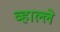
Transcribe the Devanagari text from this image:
व्हाल्ले